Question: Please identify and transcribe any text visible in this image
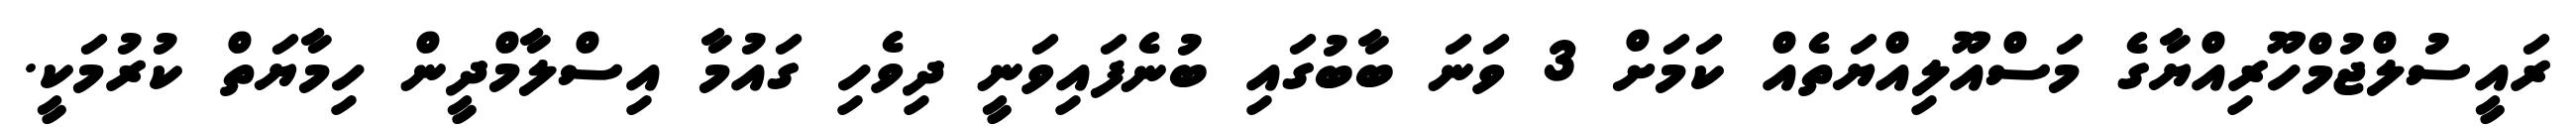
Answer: ރައީސުލްޖުމްހޫރިއްޔާގެ މަސްއޫލިއްޔަތެއް ކަމަށް 3 ވަނަ ބާބުގައި ބުނެފައިވަނީ ދިވެހި ގައުމާ އިސްލާމްދީން ހިމާޔަތް ކުރުމަކީ.